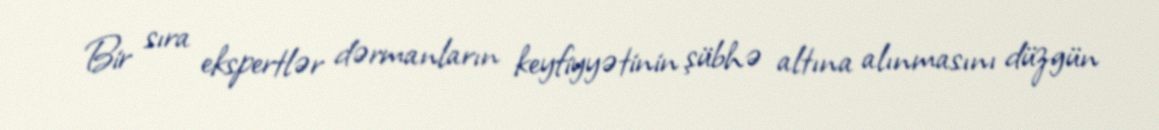
Bir sıra ekspertlər dərmanların keyfiyyətinin şübhə altına alınmasını düzgün